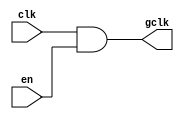
module ClockGating(
    input wire clk,        // Primary clock input
    input wire en,        // Enable signal
    output wire gclk      // Gated clock output
);

// Clock Gating Logic
assign gclk = clk & en;

endmodule